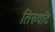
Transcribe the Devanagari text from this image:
तिरुवटि